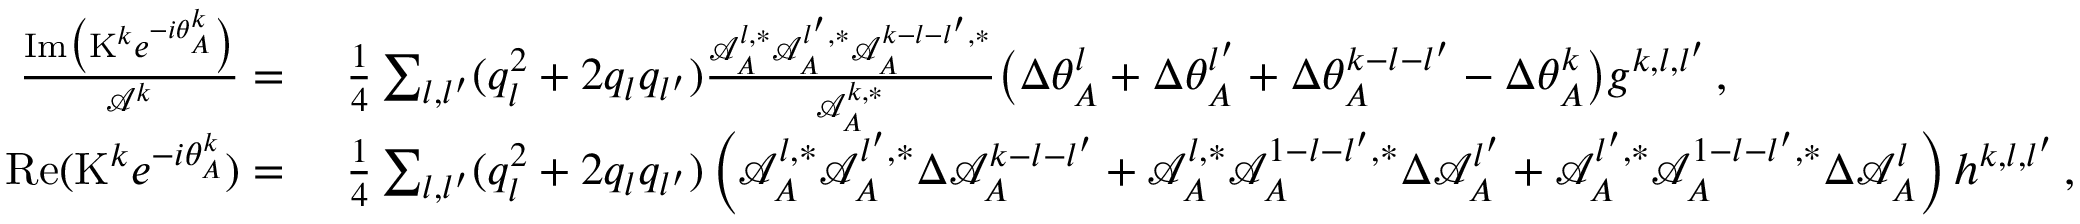
\begin{array} { r l } { \frac { \mathrm { I m } \big ( \mathrm { K } ^ { k } e ^ { - i \theta _ { A } ^ { k } } \big ) } { \mathcal { A } ^ { k } } = } & { ~ \frac { 1 } { 4 } \sum _ { { l } , { l ^ { \prime } } } ( q _ { l } ^ { 2 } + 2 q _ { l } q _ { l ^ { \prime } } ) \frac { \mathcal { A } _ { A } ^ { l , * } \mathcal { A } _ { A } ^ { l ^ { \prime } , * } \mathcal { A } _ { A } ^ { k - { l } - { l ^ { \prime } } , * } } { \mathcal { A } _ { A } ^ { k , * } } \big ( \Delta \theta _ { A } ^ { l } + \Delta \theta _ { A } ^ { l ^ { \prime } } + \Delta \theta _ { A } ^ { k - { l } - { l ^ { \prime } } } - \Delta \theta _ { A } ^ { k } \big ) g ^ { k , l , l ^ { \prime } } \, , } \\ { \mathrm { R e } ( \mathrm { K } ^ { k } e ^ { - i \theta _ { A } ^ { k } } ) = } & { ~ \frac { 1 } { 4 } \sum _ { { l } , { l ^ { \prime } } } ( q _ { l } ^ { 2 } + 2 q _ { l } q _ { l ^ { \prime } } ) \left( \mathcal { A } _ { A } ^ { l , * } \mathcal { A } _ { A } ^ { l ^ { \prime } , * } \Delta \mathcal { A } _ { A } ^ { k - { l } - { l ^ { \prime } } } + \mathcal { A } _ { A } ^ { l , * } \mathcal { A } _ { A } ^ { 1 - { l } - { l ^ { \prime } } , * } \Delta \mathcal { A } _ { A } ^ { l ^ { \prime } } + \mathcal { A } _ { A } ^ { l ^ { \prime } , * } \mathcal { A } _ { A } ^ { 1 - { l } - { l ^ { \prime } } , * } \Delta \mathcal { A } _ { A } ^ { l } \right) h ^ { k , l , l ^ { \prime } } \, , } \end{array}